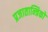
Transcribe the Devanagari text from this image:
प्रजातान्त्रिकों